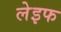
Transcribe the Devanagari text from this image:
लेइफ